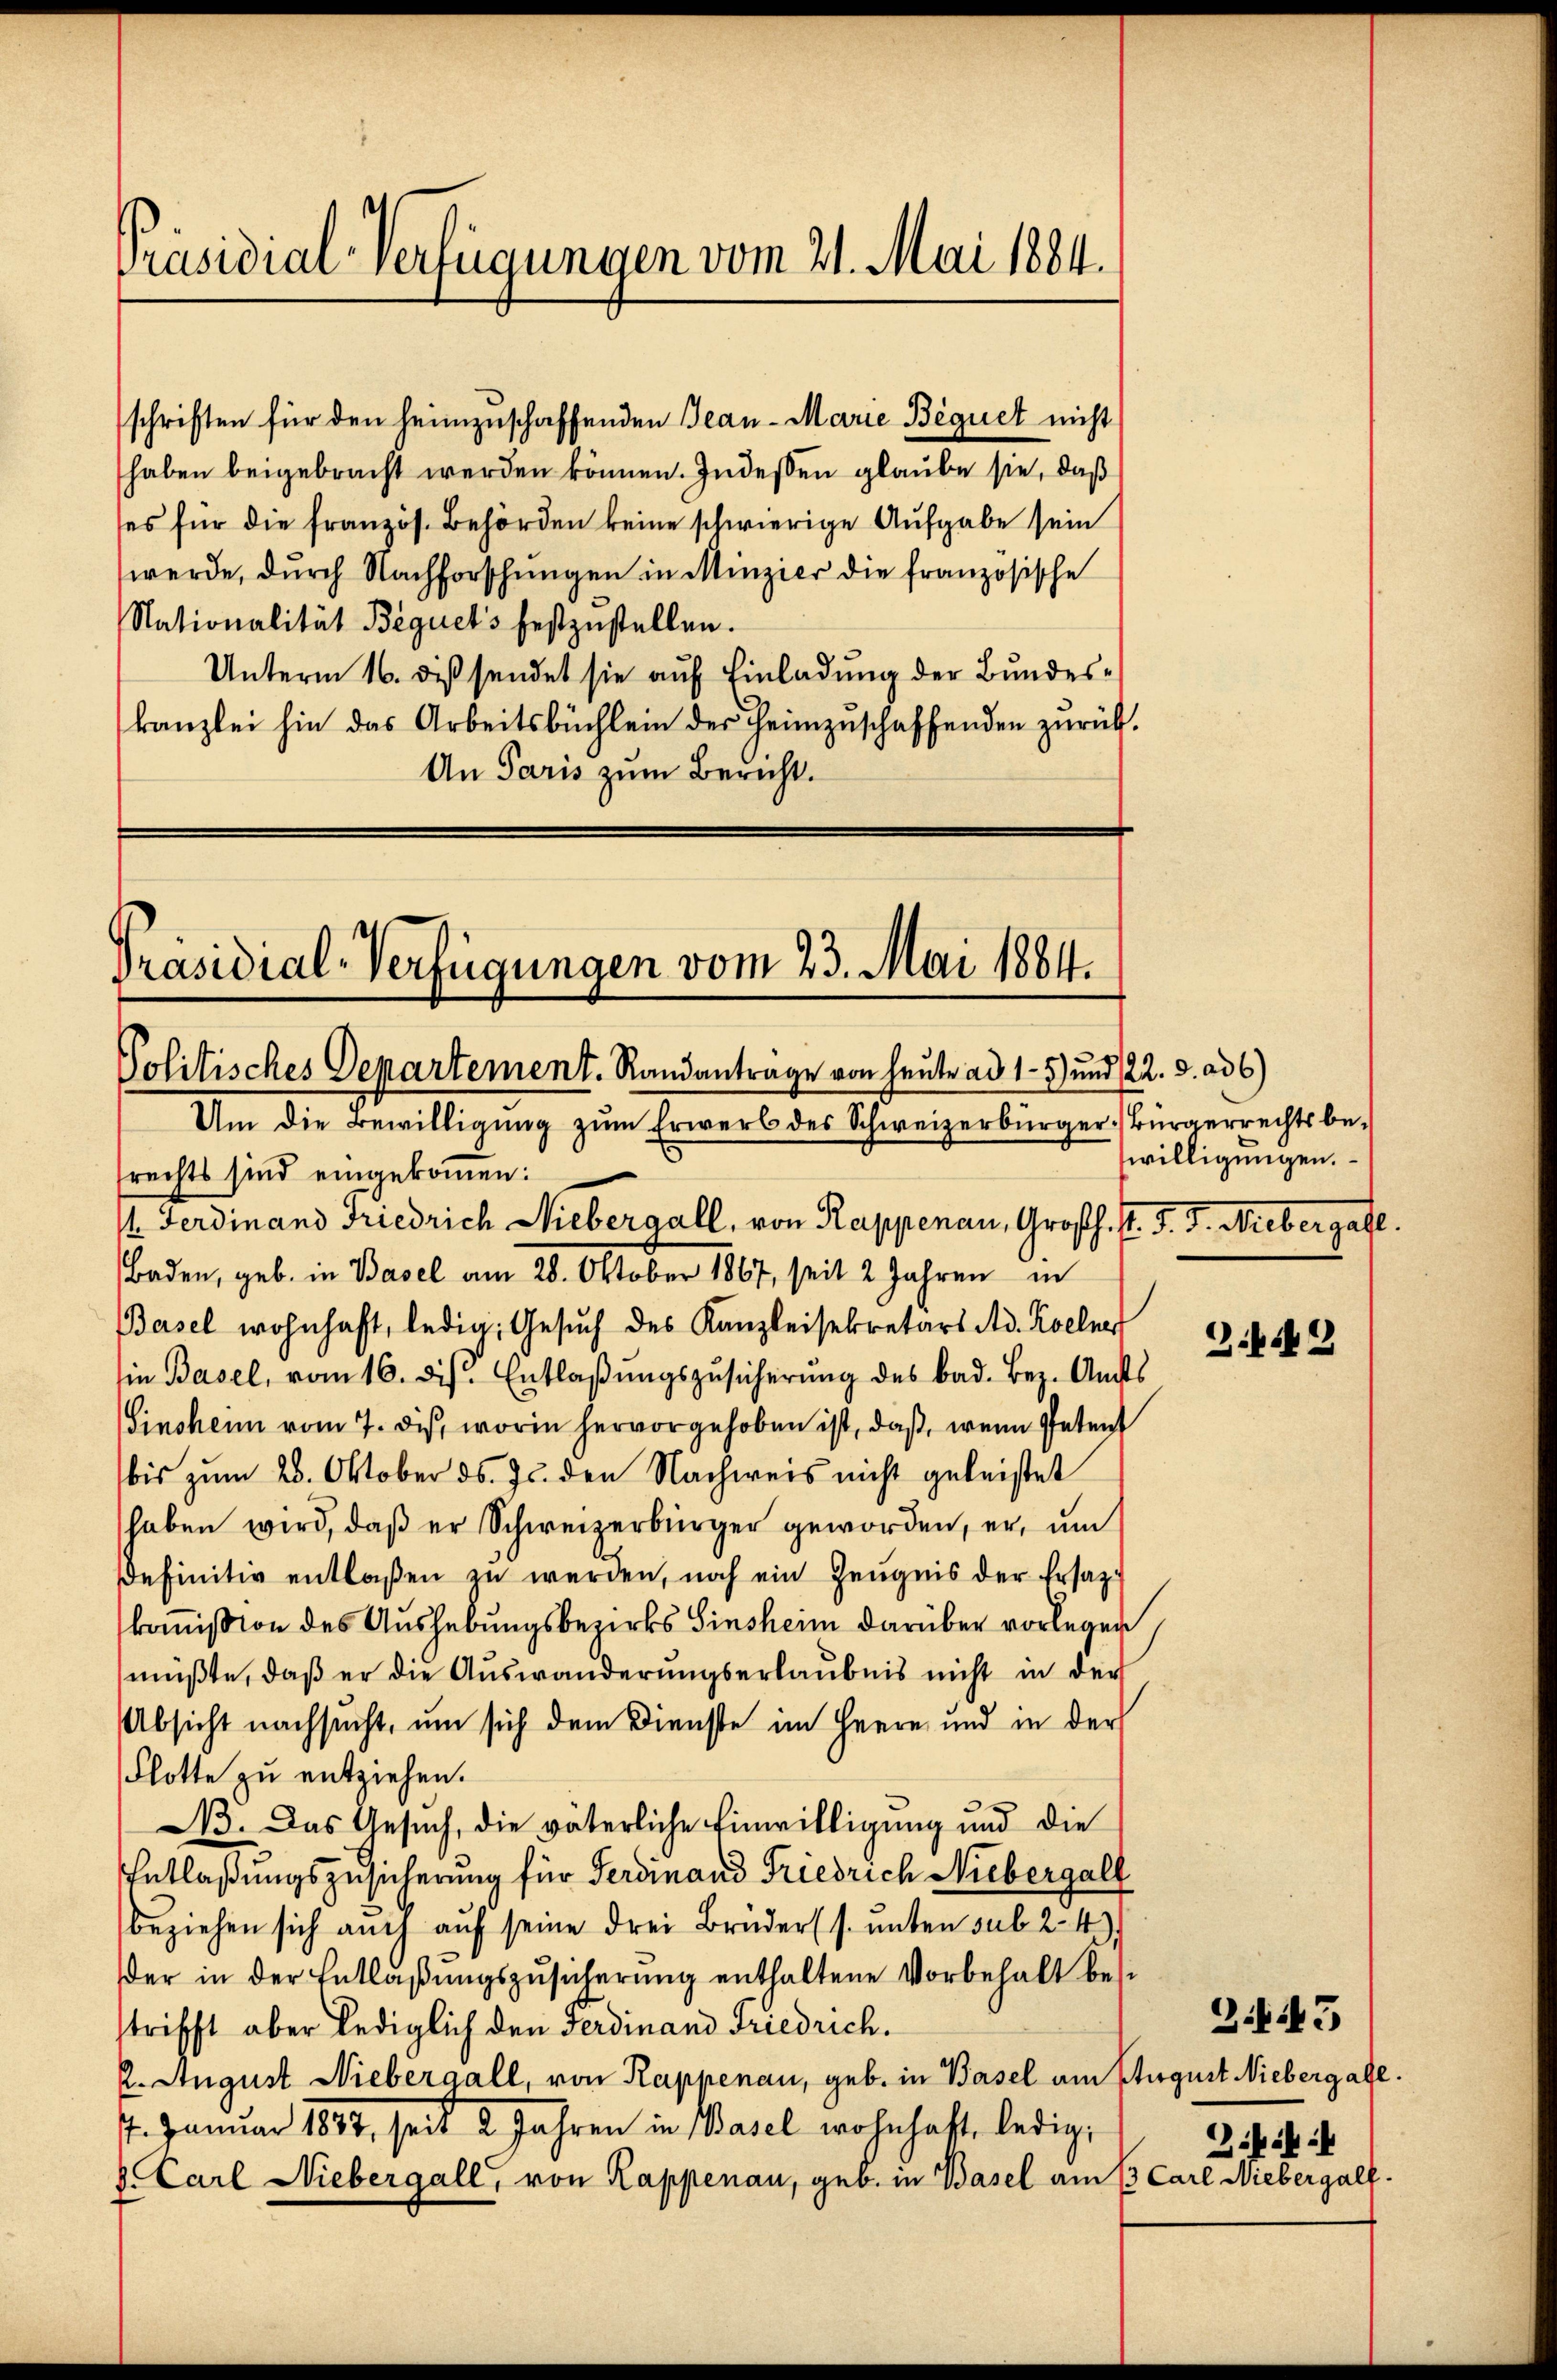
Präsidial-Verfügungen vom 21. Mai 1884.

schriften für den heimzuschaffenden Jean - Marie Bequet nicht
haben beigebracht werden können. Indessen glaube sie, daß
ses für die französ. Behörden keine schwierige Aufgabe sein
werde, durch Nachforschungen in Menzier die französische
Nationalität Bequets festzustellen.
Unterm 16. diß sendet sie auf Einladung der Bundeskanzlei hin das Arbeitsbüchlein der Heimzuschaffenden zurück¬
An Paris zum Bericht.

Präsidial-Verfügungen vom 23. Mai 1884.

Um die Bewilligung zum Erwerb des Schweizerbürger Bürgerrechts be¬

Politisches Departement. Randantrage von heute ad 1-5) und 22. d. ad 6)
rechts sind eingekommen:
1. Ferdinand Friedrich Niebergall, von Rappenau, Großh. P. J. J. Niebergabe.
Baden, geb. in Basel am 28. Oktober 1867, seit 2 Jahren in
Basel wohnhaft, ledig, Gesŭch des Kanzleisekretärs Ad. Kollers
hie Basel, vom 16. ds. Entlaßungszusicherung des bad. Bez. Amts
Sinohann vom 7. dis, worin hervorgehoben ist, daß, wenn Petent
bis zum 28. Oktober ds. Js. den Nachweis nicht geleistet
haben wird, daß er Schweizerbürger geworden, er, um
Definitiv entlaßen zu werden, noch ein Zeugnis der Ersatzkommission des Aushebungsbezirks Hinsheim darüber vorlegen
müßte, daß er die Auswanderungserlaubnis nicht in der
Absicht nachsucht, um sich dem Dienste im Herrn und in der
Flotte zu entziehen.
B. Das Gesuch, die väterliche Einwilligung und die
Entlaßungszusicherung für Ferdinand Friedrich Niebergalf
beziehen sich auch aŭf seine drei Brüder (s. unten sub 24)
der in der Entlaβŭngszŭsicherŭng enthaltene Vorbehalt besstrifft aber lediglich den Ferdinand Friedrich.
2. August Niebergall, von Rappenau, geb. in Basel am August Niebergabe.
7. Januar 1884, seit 2 Jahren in Wasel wohnhaft, ledig,
k. Carl Niebergall, von Rappenau, geb. in Basel am 13 Carl Niebergalf.

willigungen.

2.442

Z. 45
Zifik